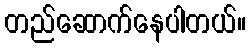
တည်ဆောက်နေပါတယ်။